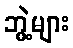
ဘွဲ့များ